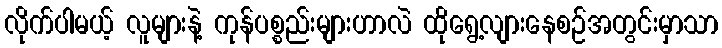
လိုက်ပါမယ့် လူများနဲ့ ကုန်ပစ္စည်းများဟာလဲ ထိုရွေ့လျားနေစဉ်အတွင်းမှာသာ